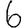
Digit: 6